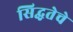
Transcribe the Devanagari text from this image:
सिद्धतेचे